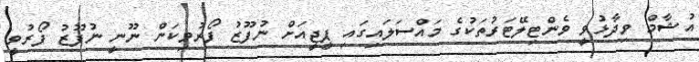
އުޝާމް ވިދާޅުވީ ވެންޓިލޭޓަރުތަކުގެ މައްސަލައިގައި ޕީޖީއަށް ނުފޫޒު ފޯރުވިކަން ނޫނީ ނުފޫޒު ފޯރުވީ